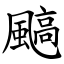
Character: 䬘